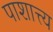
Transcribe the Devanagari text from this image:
पाशात्त्य